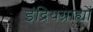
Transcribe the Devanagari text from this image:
इंद्रियग्राह्यों